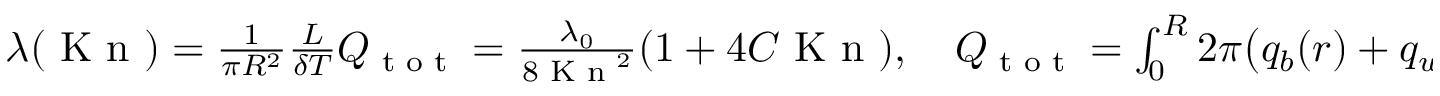
\begin{array} { r } { \lambda ( \textrm { K n } ) = \frac { 1 } { \pi R ^ { 2 } } \frac { L } { \delta T } Q _ { \textrm { t o t } } = \frac { \lambda _ { 0 } } { 8 \textrm { K n } ^ { 2 } } ( 1 + 4 C \textrm { K n } ) , \quad Q _ { \textrm { t o t } } = \int \displaylimits _ { 0 } ^ { R } 2 \pi \big ( q _ { b } ( r ) + q _ { w } ( r ) \big ) \textrm { d } r , } \end{array}